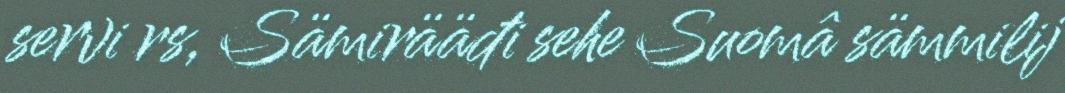
servi rs, Sämirääđi sehe Suomâ sämmilij